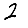
Digit: 2